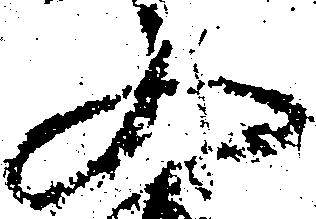
又